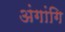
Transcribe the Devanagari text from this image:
अंगांगि